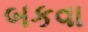
બકવા